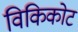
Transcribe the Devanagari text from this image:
विकिकोट